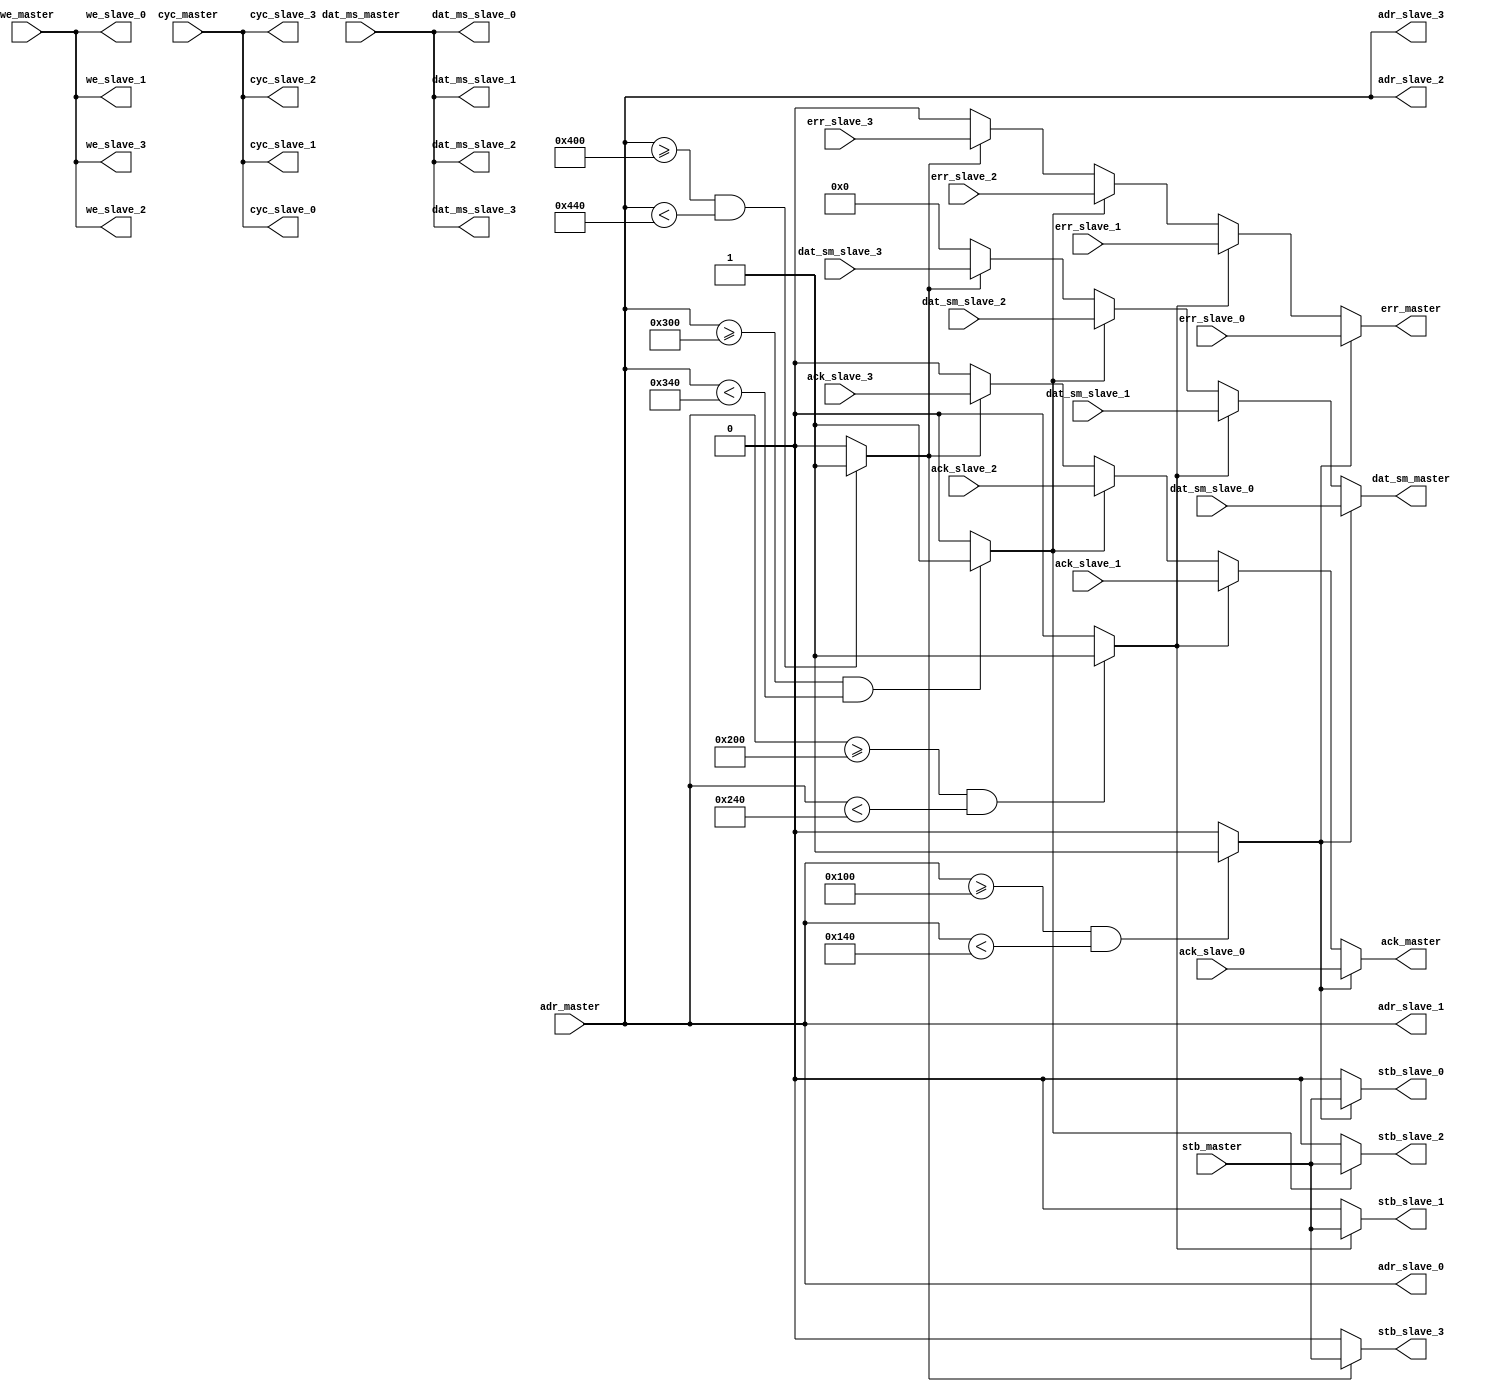
module wishbone_bus #(
    parameter                              ADDR_WIDTH       = 32,
    parameter                              DATA_WIDTH       = 32,
    parameter                              SLAVE_0_BASE     = 'h0100,
    parameter                              SLAVE_1_BASE     = 'h0200,
    parameter                              SLAVE_2_BASE     = 'h0300,
    parameter                              SLAVE_3_BASE     = 'h0400,
    parameter                              SLAVE_RANGE      = 'h0040
) (
    // Interface: one_to_many_master
    input          [ADDR_WIDTH-1:0]     adr_master,
    input                               cyc_master,
    input          [DATA_WIDTH-1:0]     dat_ms_master,
    input                               stb_master,
    input                               we_master,
    output reg                          ack_master,
    output reg     [DATA_WIDTH-1:0]     dat_sm_master,
    output reg                          err_master,

    // Interface: slave_0
    input                               ack_slave_0,
    input          [DATA_WIDTH-1:0]     dat_sm_slave_0,
    input                               err_slave_0,
    output         [ADDR_WIDTH-1:0]     adr_slave_0,
    output                              cyc_slave_0,
    output         [DATA_WIDTH-1:0]     dat_ms_slave_0,
    output                              stb_slave_0,
    output                              we_slave_0,

    // Interface: slave_1
    input                               ack_slave_1,
    input          [DATA_WIDTH-1:0]     dat_sm_slave_1,
    input                               err_slave_1,
    output         [ADDR_WIDTH-1:0]     adr_slave_1,
    output                              cyc_slave_1,
    output         [DATA_WIDTH-1:0]     dat_ms_slave_1,
    output                              stb_slave_1,
    output                              we_slave_1,

    // Interface: slave_2
    input                               ack_slave_2,
    input          [DATA_WIDTH-1:0]     dat_sm_slave_2,
    input                               err_slave_2,
    output         [ADDR_WIDTH-1:0]     adr_slave_2,
    output                              cyc_slave_2,
    output         [DATA_WIDTH-1:0]     dat_ms_slave_2,
    output                              stb_slave_2,
    output                              we_slave_2,

    // Interface: slave_3
    input                               ack_slave_3,
    input          [DATA_WIDTH-1:0]     dat_sm_slave_3,
    input                               err_slave_3,
    output         [ADDR_WIDTH-1:0]     adr_slave_3,
    output                              cyc_slave_3,
    output         [DATA_WIDTH-1:0]     dat_ms_slave_3,
    output                              stb_slave_3,
    output                              we_slave_3
);

// WARNING: EVERYTHING ON AND ABOVE THIS LINE MAY BE OVERWRITTEN BY KACTUS2!!!


    // Assign most of the master outputs directly to slave inputs.
    assign adr_slave_0 = adr_master;
    assign cyc_slave_0 = cyc_master;
    assign dat_ms_slave_0 = dat_ms_master;
    assign we_slave_0 = we_master;
    
    assign adr_slave_1 = adr_master;
    assign cyc_slave_1 = cyc_master;
    assign dat_ms_slave_1 = dat_ms_master;
    assign we_slave_1 = we_master;
    
    assign adr_slave_2 = adr_master;
    assign cyc_slave_2 = cyc_master;
    assign dat_ms_slave_2 = dat_ms_master;
    assign we_slave_2 = we_master;
    
    assign adr_slave_3 = adr_master;
    assign cyc_slave_3 = cyc_master;
    assign dat_ms_slave_3 = dat_ms_master;
    assign we_slave_3 = we_master;
    
    // Choose selected slave based on the address.
    wire slave_0_sel = (adr_master >= SLAVE_0_BASE && adr_master < SLAVE_0_BASE+SLAVE_RANGE) ? 1 : 0;
    wire slave_1_sel = (adr_master >= SLAVE_1_BASE && adr_master < SLAVE_1_BASE+SLAVE_RANGE) ? 1 : 0;
    wire slave_2_sel = (adr_master >= SLAVE_2_BASE && adr_master < SLAVE_2_BASE+SLAVE_RANGE) ? 1 : 0;
    wire slave_3_sel = (adr_master >= SLAVE_3_BASE && adr_master < SLAVE_3_BASE+SLAVE_RANGE) ? 1 : 0;
    
    // Choose master inputs based on the selected slave.
    always @* begin
        if (slave_0_sel) begin
            dat_sm_master <= dat_sm_slave_0;
            ack_master <= ack_slave_0;
            err_master <= err_slave_0;
        end
        else if (slave_1_sel) begin
            dat_sm_master <= dat_sm_slave_1;
            ack_master <= ack_slave_1;
            err_master <= err_slave_1;
        end
        else if (slave_2_sel) begin
            dat_sm_master <= dat_sm_slave_2;
            ack_master <= ack_slave_2;
            err_master <= err_slave_2;
        end
        else if (slave_3_sel) begin
            dat_sm_master <= dat_sm_slave_3;
            ack_master <= ack_slave_3;
            err_master <= err_slave_3;
        end
        else begin
            dat_sm_master <= 0;
            ack_master <= 0;
            err_master <= 0;
        end
    end
    
    // Choose strobe based on the selected slave.
    assign stb_slave_0 = slave_0_sel ? stb_master : 0;
    assign stb_slave_1 = slave_1_sel ? stb_master : 0;
    assign stb_slave_2 = slave_2_sel ? stb_master : 0;
    assign stb_slave_3 = slave_3_sel ? stb_master : 0;
endmodule